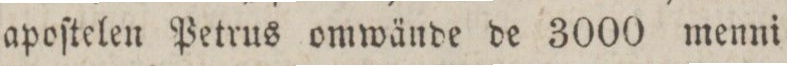
apoſtelen Petrus omwände de 3000 menni=